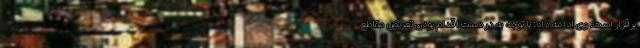
برقرار است. وی ادامه داد: با توجه به در دست اقدام بودن تعریض مقاطع